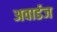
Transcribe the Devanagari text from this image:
अवार्डज